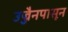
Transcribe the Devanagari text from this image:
उज्जैनपासून